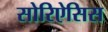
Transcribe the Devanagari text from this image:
सोरिऐसिस